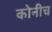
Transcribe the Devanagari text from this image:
कोनीच